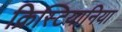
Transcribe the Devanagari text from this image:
क्रिस्टियानिया